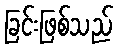
ခြင်းဖြစ်သည်